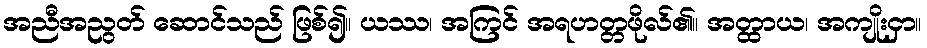
အညီအညွတ် ဆောင်သည် ဖြစ်၍။ ယဿ၊ အကြင် အရဟတ္တဖိုလ်၏။ အတ္ထာယ၊ အကျိုးငှာ။